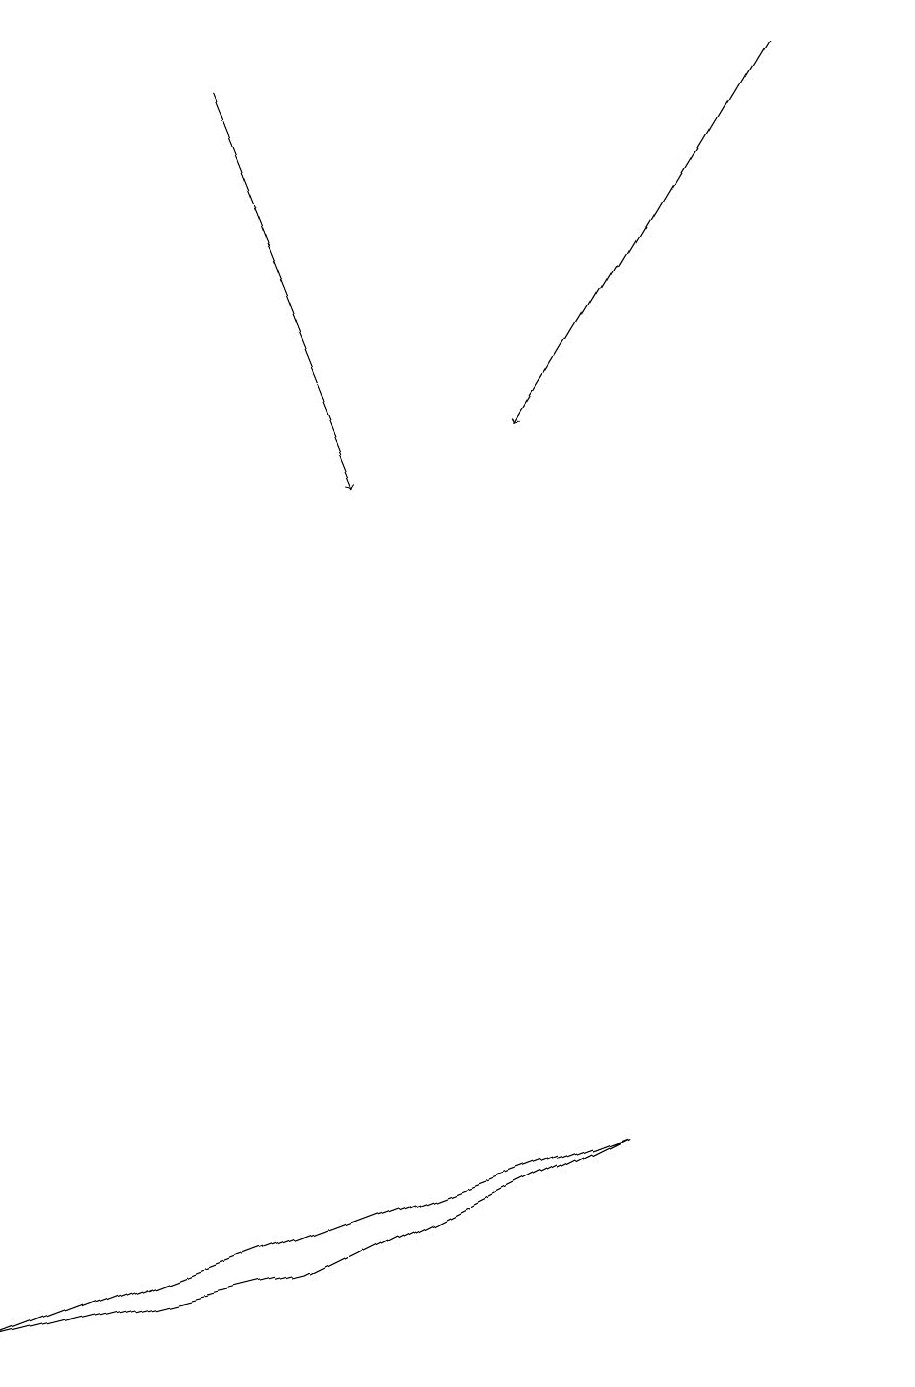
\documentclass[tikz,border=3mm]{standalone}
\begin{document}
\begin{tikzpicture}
\draw[->] (2,17) -- (4,12);
\draw[->] (9,18) -- (6,13);
\draw (8,4) -- (4,2) -- (0,1) -- cycle;
\draw (11,10) circle (0);
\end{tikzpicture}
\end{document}